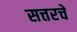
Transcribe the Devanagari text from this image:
सत्तरचे